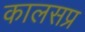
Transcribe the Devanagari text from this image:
कालसप्र